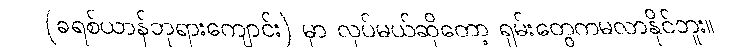
(ခရစ်ယာန်ဘုရားကျောင်း) မှာ လုပ်မယ်ဆိုတော့ ရှမ်းတွေကမလာနိုင်ဘူး။